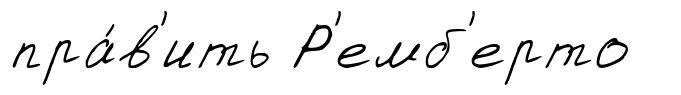
пра́в'ить Р'емб'ерто